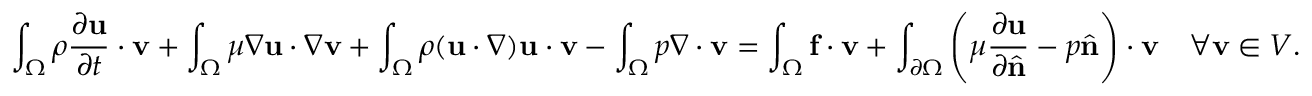
\int _ { \Omega } \rho { \frac { \partial \mathbf { u } } { \partial t } } \cdot \mathbf { v } + \int _ { \Omega } \mu \nabla \mathbf { u } \cdot \nabla \mathbf { v } + \int _ { \Omega } \rho ( \mathbf { u } \cdot \nabla ) \mathbf { u } \cdot \mathbf { v } - \int _ { \Omega } p \nabla \cdot \mathbf { v } = \int _ { \Omega } \mathbf { f } \cdot \mathbf { v } + \int _ { \partial \Omega } \left( \mu { \frac { \partial \mathbf { u } } { \partial { \hat { \mathbf { n } } } } } - p { \hat { \mathbf { n } } } \right) \cdot \mathbf { v } \quad \forall \mathbf { v } \in V .